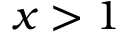
x > 1